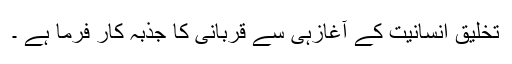
تخلیق انسانیت کے آغازہی سے قربانی کا جذبہ کار فرما ہے ۔